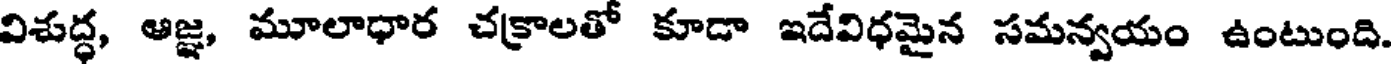
విశుద్ధ, ఆజ్ఞ, మూలాధార చక్రాలతో కూడా ఇదేవిధమైన సమన్వయం ఉంటుంది.